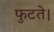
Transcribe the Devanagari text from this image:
फुटते।